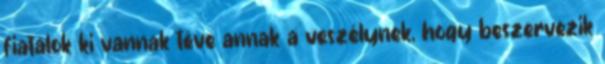
fiatalok ki vannak téve annak a veszélynek, hogy beszervezik